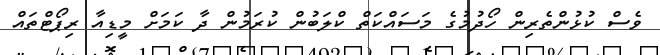
ވެސް ކުޅުންތެރިން ހޯދުމުގެ މަސައްކަތް ކްލަބުން ކުރަމުން ދާ ކަމަށް މީޑިއާ ރިޕޯޓްތައް